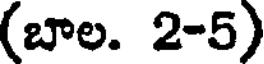
(బాల. 2-5)